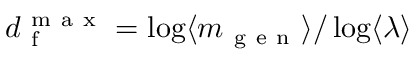
d _ { \mathrm { ~ f ~ } } ^ { \mathrm { ~ m ~ a ~ x ~ } } = \log \langle m _ { \mathrm { ~ g ~ e ~ n ~ } } \rangle / \log \langle \lambda \rangle